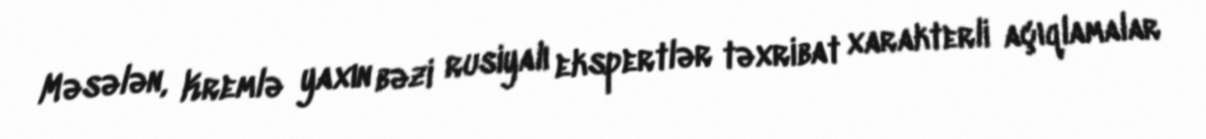
Məsələn, Kremlə yaxın bəzi rusiyalı ekspertlər təxribat xarakterli açıqlamalar